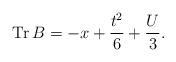
LaTeX: \begin{gather*}\operatorname{Tr} B=-x+\frac{t^2}{6}+\frac{U}{3}.\end{gather*}